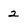
Character: 2